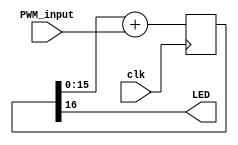
module LED_PWM(clk, PWM_input, LED);

parameter dac_b = 16; // 16536 intensity levels

input clk;
input [dac_b:0] PWM_input;
output LED;

reg [dac_b:0] PWM;
always @(posedge clk) PWM <= PWM[dac_b-1:0]+PWM_input;

assign LED = PWM[dac_b];
endmodule